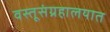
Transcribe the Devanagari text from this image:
वस्तूसंग्रहालयात